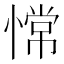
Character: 𫺺